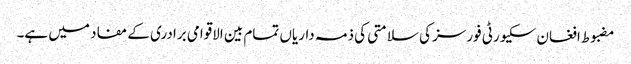
مضبوط افغان سکیورٹی فورسز کی سلامتی کی ذمہ داریاں تمام بین الاقوامی برادری کے مفاد میں ہے۔